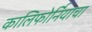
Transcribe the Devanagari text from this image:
कालिफोर्नियाचा